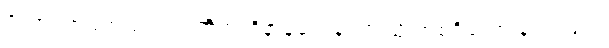
ပိတာ၊ အဖတည်း။ ဣတိအာဒိနာနယေန၊ ဤသို့ အစရှိသော နည်းဖြင့်။